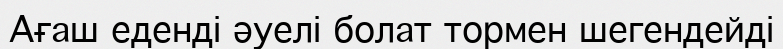
Ағаш еденді әуелі болат тормен шегендейді